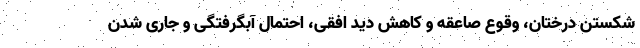
شکستن درختان، وقوع صاعقه و کاهش دید افقی، احتمال آبگرفتگی و جاری شدن